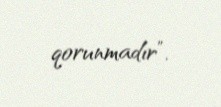
qorunmadır”.